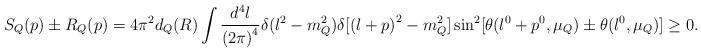
LaTeX: \begin{align*}S_Q(p)\pm R_Q(p)=4\pi^2d_Q(R)\int \frac{d^4l}{{(2\pi)}^4} \delta(l^2-m_Q^2)\delta[{(l+p)}^2-m_Q^2] \sin^2[\theta(l^0+p^0,\mu_Q)\pm \theta(l^0, \mu_Q)]\geq 0.\end{align*}